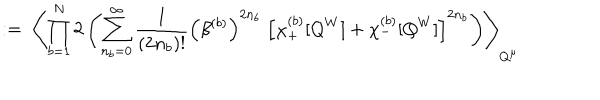
: = \; \left\langle \prod _ { b = 1 } ^ { N } 2 \left( \sum _ { n _ { b } = 0 } ^ { \infty } \frac { 1 } { ( 2 n _ { b } ) ! } \Big ( \beta ^ { ( b ) } \Big ) ^ { 2 n _ { b } } \; \left[ \chi _ { + } ^ { ( b ) } [ Q ^ { W } ] + \chi _ { - } ^ { ( b ) } [ Q ^ { W } ] \right] ^ { 2 n _ { b } } \right) \right\rangle _ { Q ^ { \mu } }